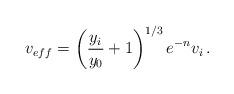
LaTeX: \begin{align*}v_{eff} = \left( {y_i\over y_0} + 1 \right)^{1/3}e^{-n}v_i\,.\end{align*}